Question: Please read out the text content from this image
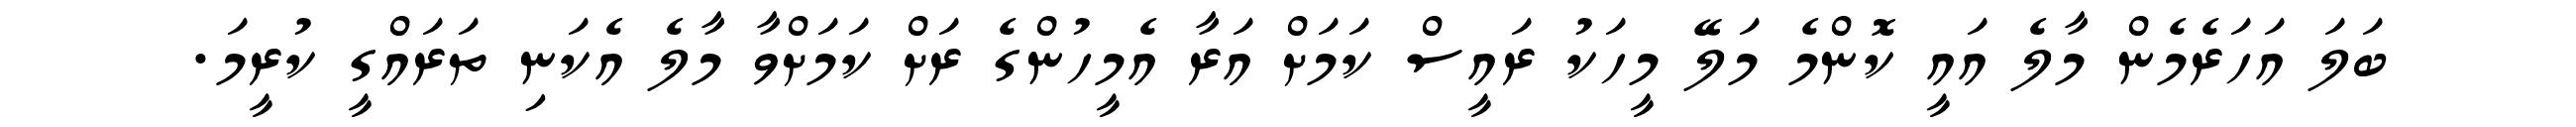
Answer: ބަލަ އަހަރެމެން މާލެ އައީ ކޮންމެ މަލޭ މީހަކު ރައީސް ކަމަށް އަރާ އެމީހުންގެ ރަށް ކަމަށްވާ މާލެ އެކަނި ތަރައްގީ ކުރީމަ.